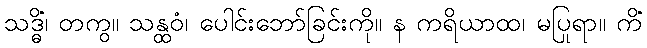
သဒ္ဓိံ၊ တကွ။ သန္ထဝံ၊ ပေါင်းဘော်ခြင်းကို။ န ကရိယာထ၊ မပြုရာ။ ကိံ